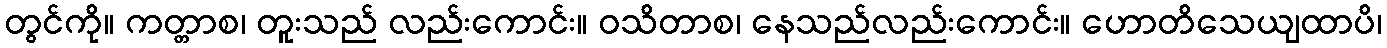
တွင်ကို။ ကတ္တာစ၊ တူးသည် လည်းကောင်း။ ဝသိတာစ၊ နေသည်လည်းကောင်း။ ဟောတိသေယျထာပိ၊